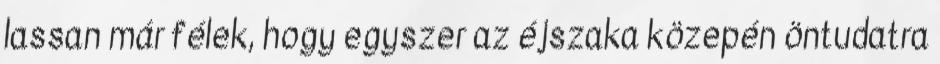
lassan már félek, hogy egyszer az éjszaka közepén öntudatra